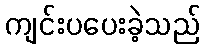
ကျင်းပပေးခဲ့သည်